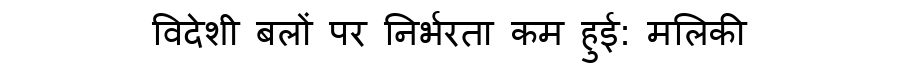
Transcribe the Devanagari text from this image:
विदेशी बलों पर निर्भरता कम हुई: मलिकी